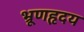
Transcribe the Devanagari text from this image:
भ्रूणहृदय